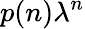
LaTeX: p(n)\lambda^{n}